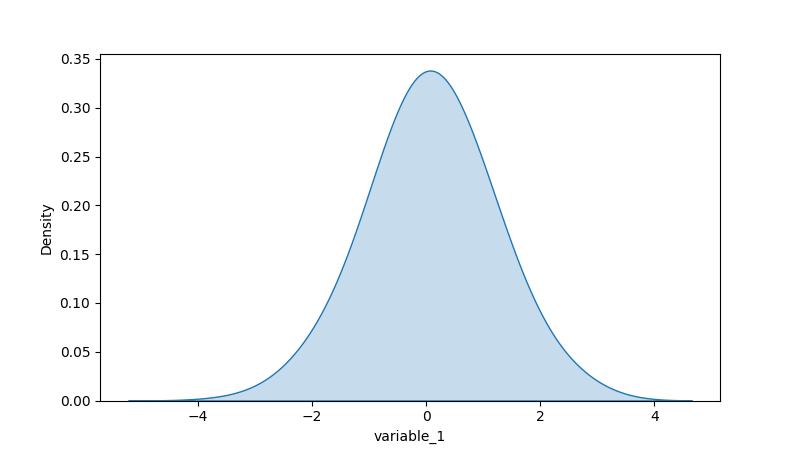
python, seaborn, kdeplot, hue='None', fill=True, bw_adjust=2.0